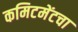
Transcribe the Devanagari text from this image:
कमिटमेंटचा